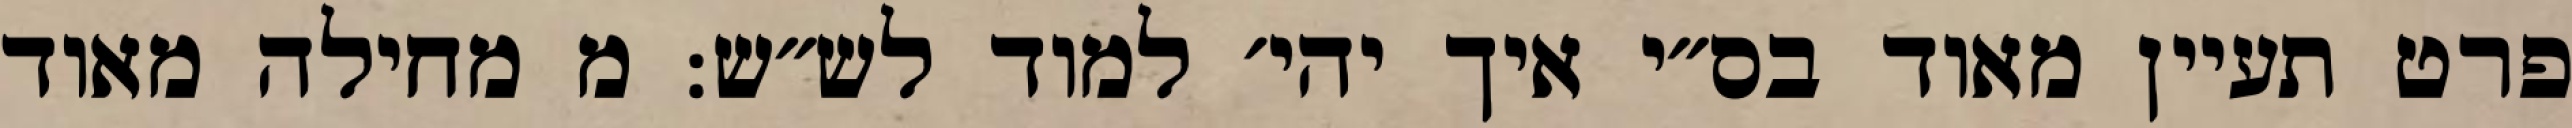
פרט תעיין מאוד בס״י איך יהי׳ למוד לש״ש: מ מחילה מאוד